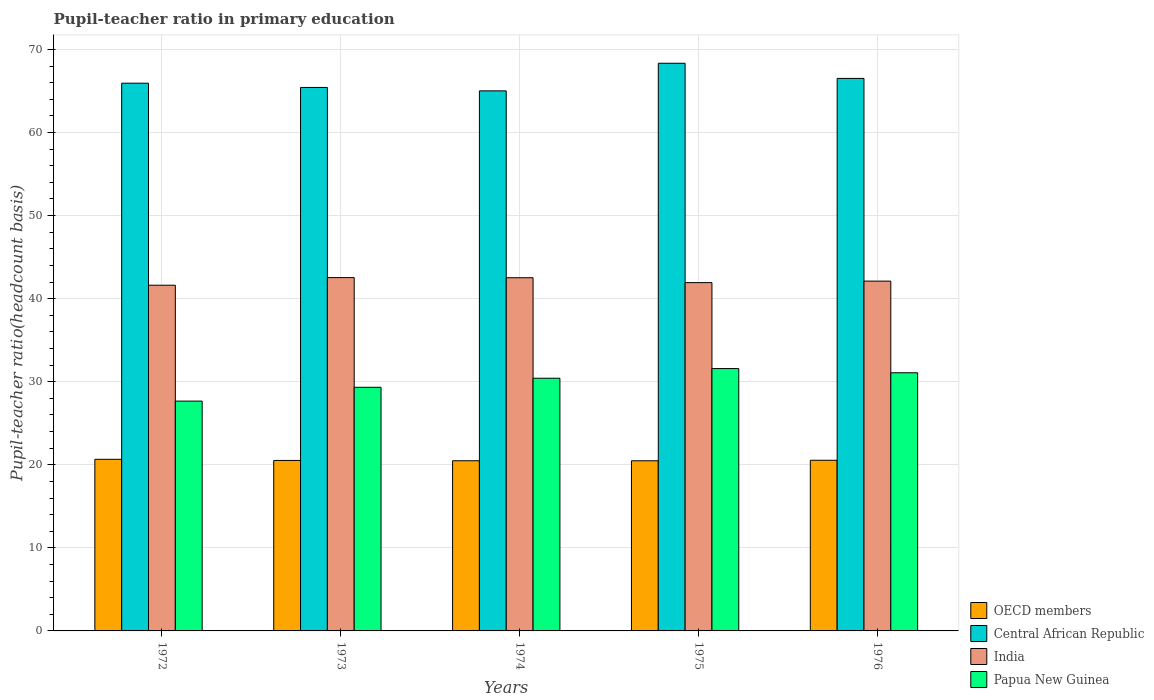
| Years | OECD members | Central African Republic | India | Papua New Guinea |
 | --- | --- | --- | --- | --- |
 | 1972 | 20.7 | 65.9 | 41.6 | 27.7 |
 | 1973 | 20.5 | 65.4 | 42.5 | 29.3 |
 | 1974 | 20.5 | 65 | 42.5 | 30.4 |
 | 1975 | 20.5 | 68.3 | 41.9 | 31.6 |
 | 1976 | 20.5 | 66.5 | 42.1 | 31.1 |